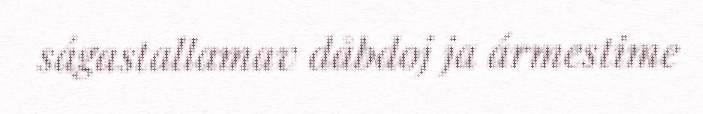
ságastallamav dåbdoj ja ármestime